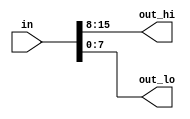
/**
 * Build a combinational circuit that splits an input half-word (16 bits, [15:0] ) into lower [7:0] and upper [15:8] bytes.
 */

`default_nettype none     // Disable implicit nets. Reduces some types of bugs.
module top_module( 
    input wire [15:0] in,
    output wire [7:0] out_hi,
    output wire [7:0] out_lo );

    assign out_hi = in[15:8];
    assign out_lo = in[7:0];
    
endmodule